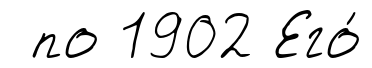
по 1902 Его́